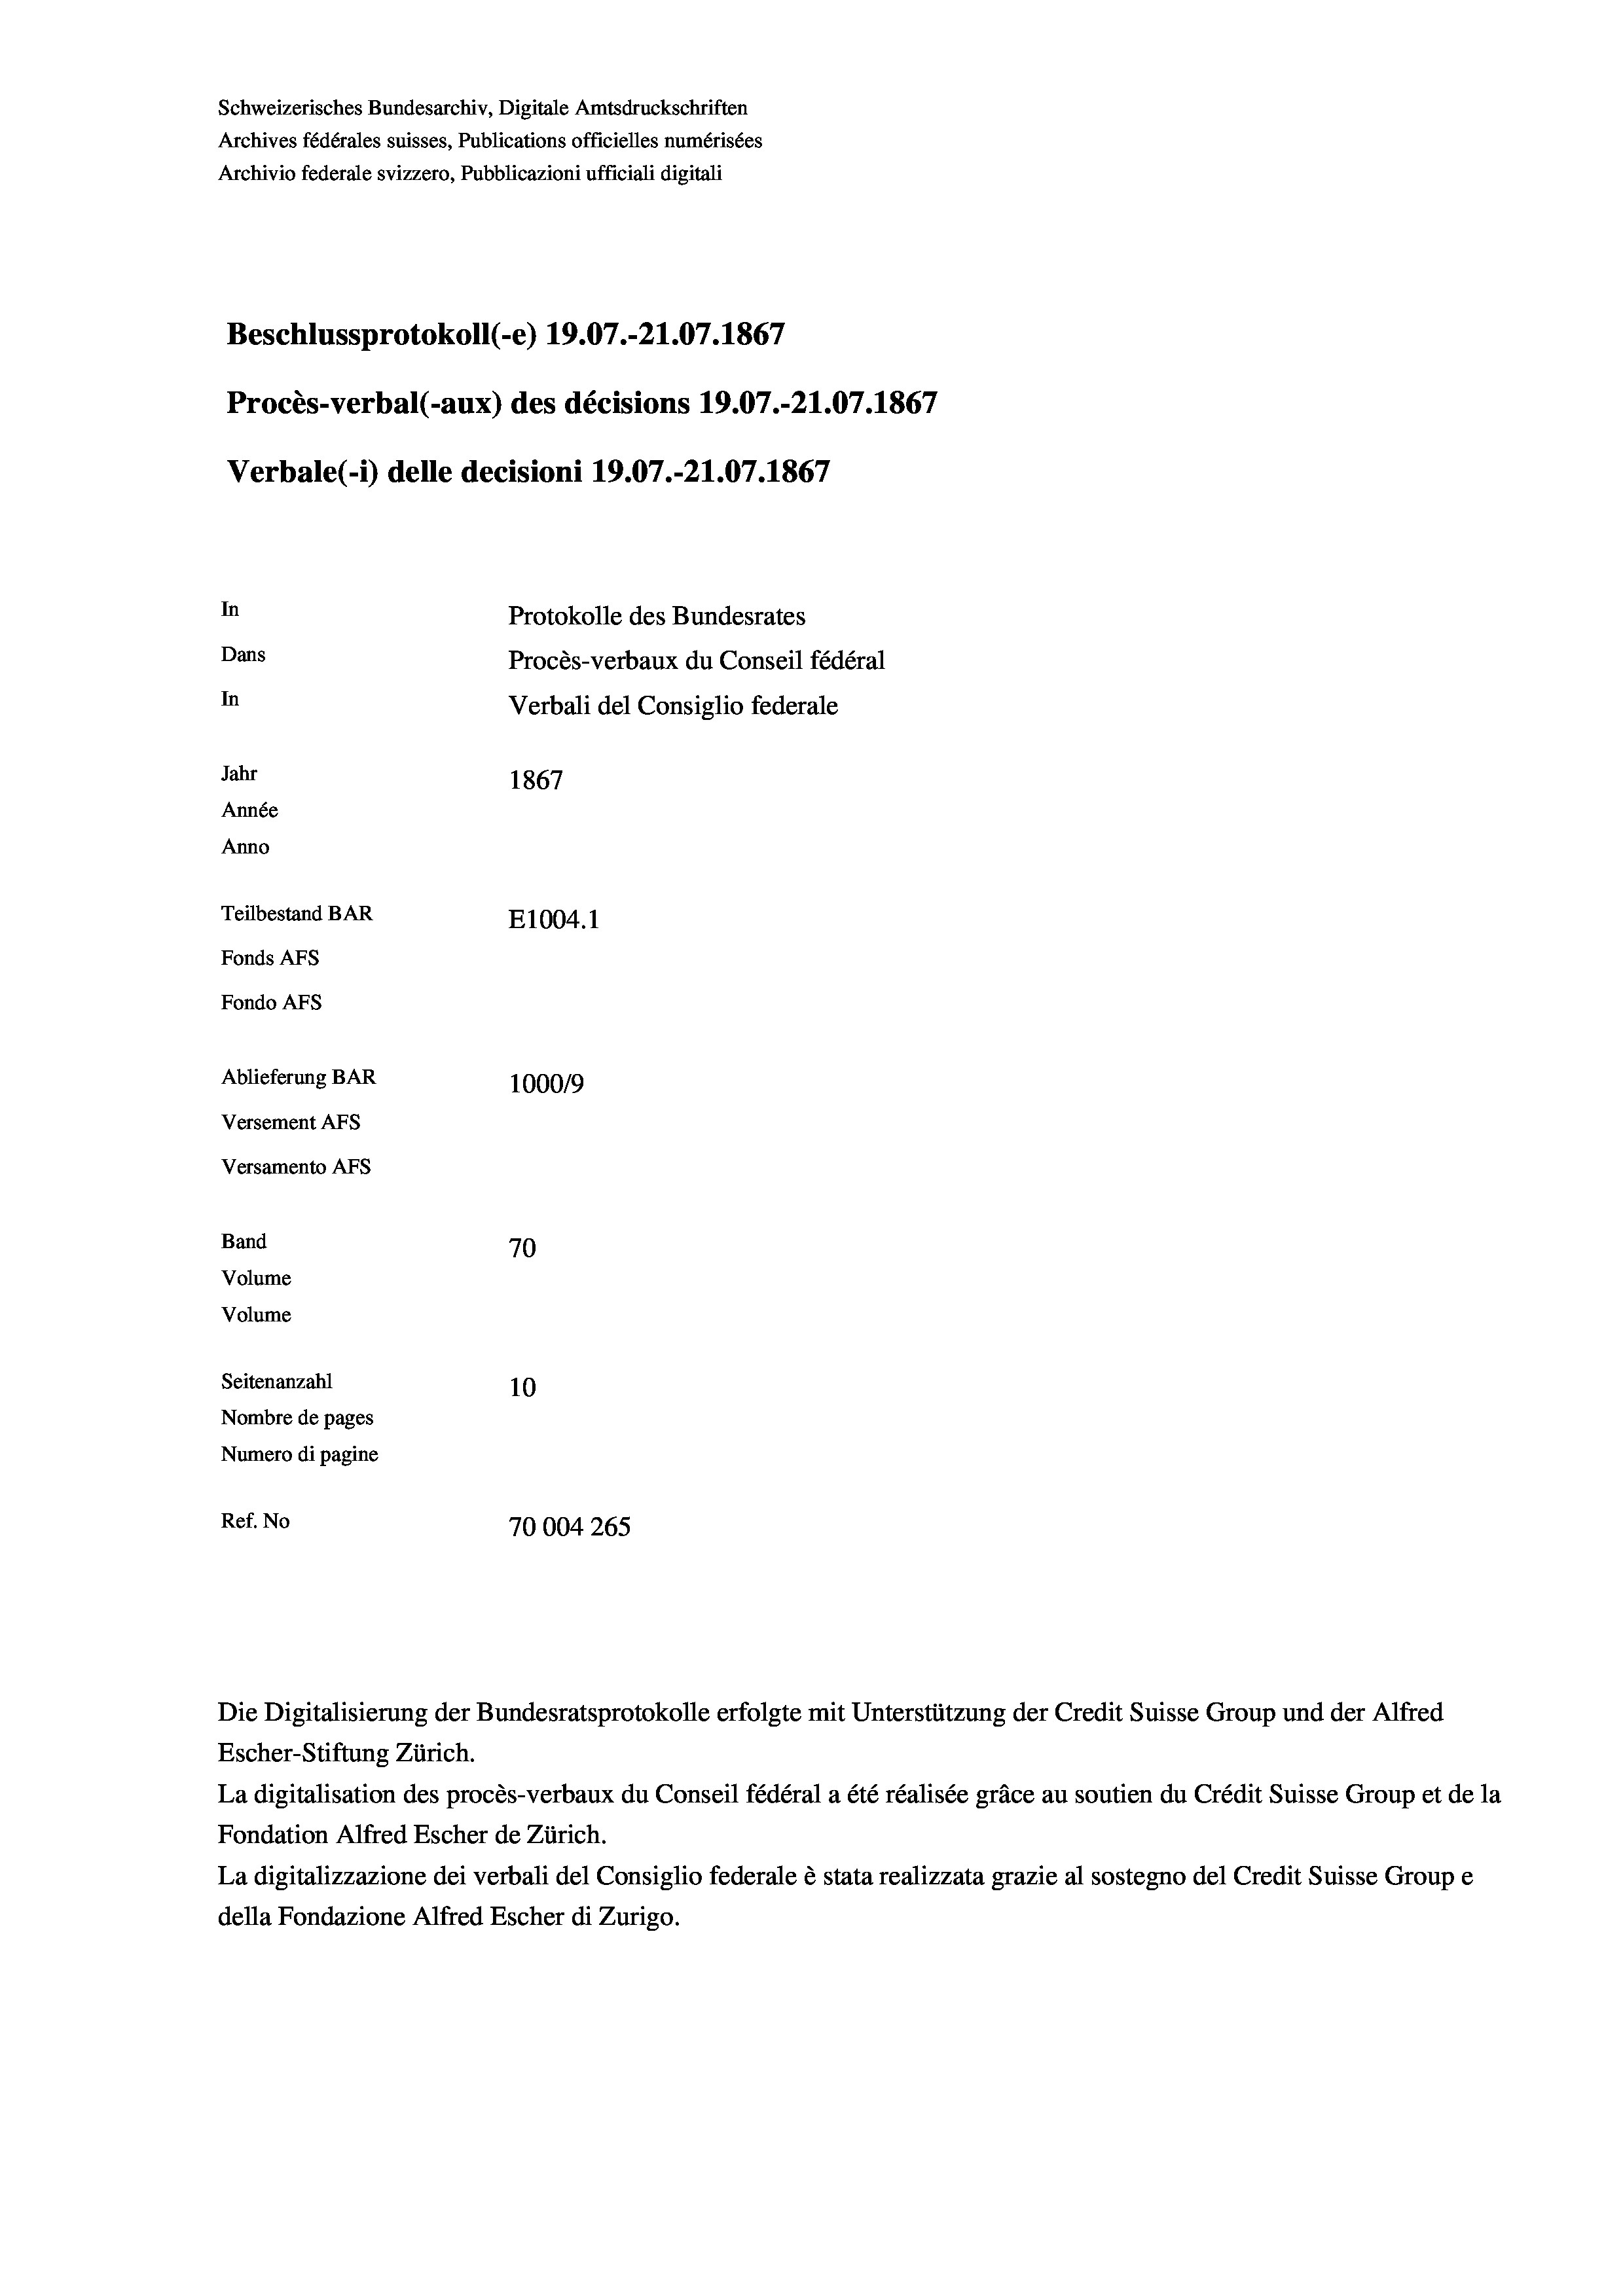
Schweizerisches Bundesarchiv, Digitale Amtsdruckschriften
Archives fédérales suisses, Publications officielles numérisées
Archivio federale svizzero, Pubblicazioni ufficiali digitali
Beschlussprotokoll (-e) 19.07.-21.07. 1867
Procès-verbal (-aux) des décisions 19.07.-21.07. 1867
Verbale(1) delle decisioni 19.07.-21.07. 1867
In
Protokolle des Bundesrates
Dans
Procès-verbaux du Conseil fédéral
In
Verbali del Consiglio federale
Jahr
1867
Année
Anno
Teilbestand BAR
E1004. 1
Fonds AFs
Fondo AFs
Ablieferung BAR
100019
Versement AFs
Versamento Afs
Band
70
Volume
Volume
Seitenanzahl
10
Nombre de pages
Numero di pagine
Ref. No
70004 265

Die Digitalisierung der Bundesratsprotokolle erfolgte mit Unterstützung der Credit Suisse Group und der Alfred

Escher-Stiftung Zürich.
La digitalisation des procès-verbaux du Conseil fédéral a été réalisée gräce au soutien du Crédit Suisse Group et de la
Fondation Alfred Escher de Zürich.
La digitalizzazione dei verbali del Consiglio federale è stata realizzata grazie al sostegno del Credit Suisse Groupe
della Fondazione Alfred Escher di Zurigo.